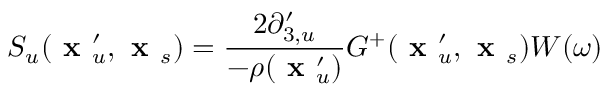
S _ { u } ( \textbf { x } _ { u } ^ { \prime } , \textbf { x } _ { s } ) = \frac { 2 \partial _ { 3 , u } ^ { \prime } } { - \rho ( \textbf { x } _ { u } ^ { \prime } ) } G ^ { + } ( \textbf { x } _ { u } ^ { \prime } , \textbf { x } _ { s } ) W ( \omega )